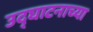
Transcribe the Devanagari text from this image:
उद्घाटनाच्या